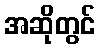
အဆိုတွင်